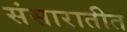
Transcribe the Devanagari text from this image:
संसारातीत